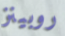
روبينز